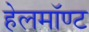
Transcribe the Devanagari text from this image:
हेलमॉण्ट